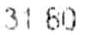
31.60